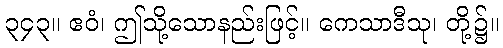
၃၄၃။ ဧဝံ၊ ဤသို့သောနည်းဖြင့်။ ကေသာဒီသု၊ တို့၌။